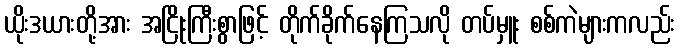
ယိုးဒယားတို့အား အငြိုးကြီးစွာဖြင့် တိုက်ခိုက်နေကြသလို တပ်မှူး စစ်ကဲများကလည်း